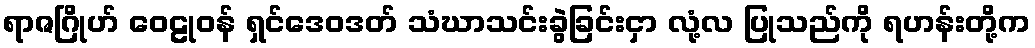
ရာဇဂြိုဟ် ဝေဠုဝန် ရှင်ဒေဝဒတ် သံဃာသင်းခွဲခြင်းငှာ လုံ့လ ပြုသည်ကို ရဟန်းတို့က